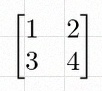
\begin{bmatrix}1&2\\3&4\end{bmatrix}